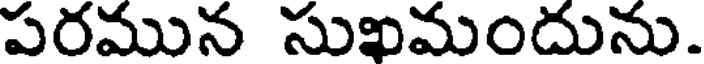
పరమున సుఖమందును.